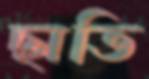
ছাতি